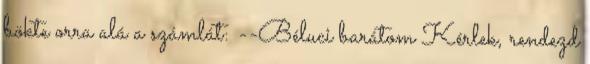
bökte orra alá a számlát: --Béluci barátom Kérlek, rendezd